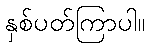
နှစ်ပတ်ကြာပါ။